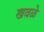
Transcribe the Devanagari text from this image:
खवळे